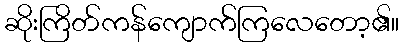
ဆိုးကြိတ်ကန်ကျောက်ကြလေတော့၏။